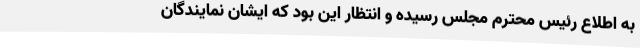
به اطلاع رئیس محترم مجلس رسیده و انتظار این بود که ایشان نمایندگان